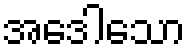
အဒေါသော